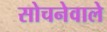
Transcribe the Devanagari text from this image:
सोचनेवाले